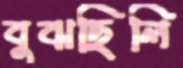
বুঝছিলি